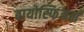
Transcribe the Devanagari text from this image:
बायोस्फिअर्स